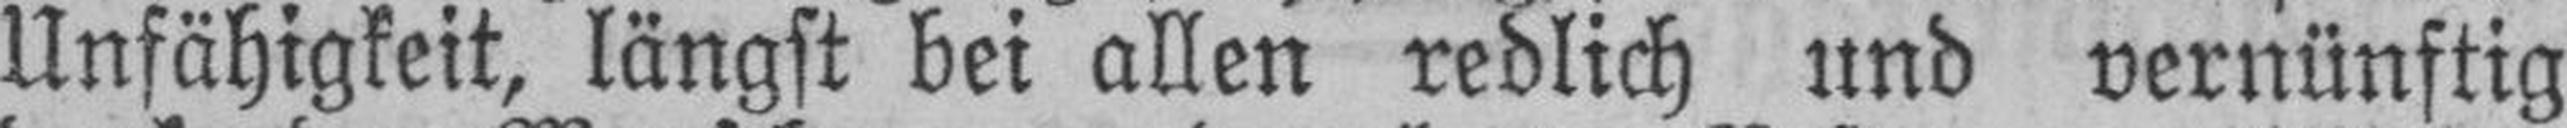
Unfähigkeit, längst bei allen redlich und vernünftig